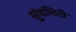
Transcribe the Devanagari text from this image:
सुंवसिरी